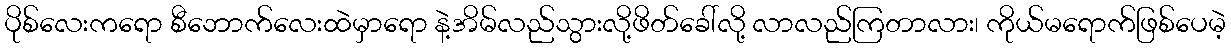
ပိုစ်လေးကရော စီဘောက်လေးထဲမှာရော နဲ့အိမ်လည်သွားလို့ဖိတ်ခေါ်လို့ လာလည်ကြတာလား၊ ကိုယ်မရောက်ဖြစ်ပေမဲ့